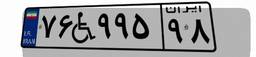
۴۲W۷۱۹۹۰